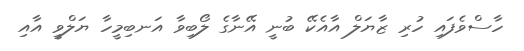
ހާސްވެފައި ހުރި ޒާޔަލް އާއެކޭ ބުނީ އޭނާގެ ލޯބިވާ އަނބިމީހާ ޔަލްވީ އާއި